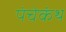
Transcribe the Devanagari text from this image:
पंचेकंथ